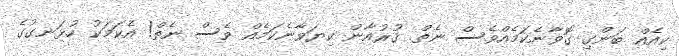
ކިއެއް ބަންގި ގޮވާނެކަމެއްވެސް ނެތް. ޤުރުއާން ކިޔަވާނެކަމެއް ވެސް ނެތް! އެކަމަކު ހުޅަނގުގެ